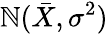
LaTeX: \mathbb{N}({\bar{{X}}},\sigma^{2})